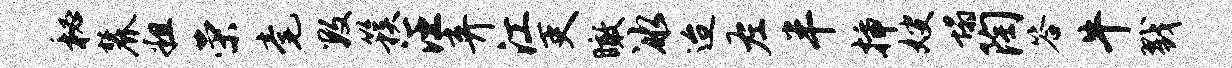
秘麓粗荣毫数簇汪弃江吏瞰冰迨左半插嫂塌陶答牛戮